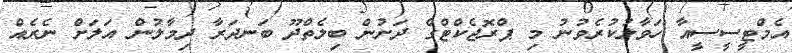
އެމްޓީސީސީއާ ހަވާލުކުރެވުނު މި ޕްރޮޖެކްޓްގެ ދަށުން ބިލެތްދޫ ބަނދަރާ ދިމާލުން އަލަށް ނެރެއް